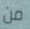
من